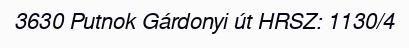
3630 Putnok Gárdonyi út HRSZ: 1130/4